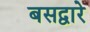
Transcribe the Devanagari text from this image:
बसद्वारे